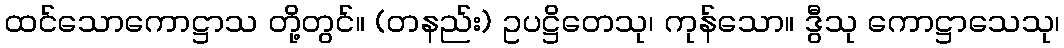
ထင်သောကောဋ္ဌာသ တို့တွင်။ (တနည်း) ဥပဋ္ဌိတေသု၊ ကုန်သော။ ဒွီသု ကောဋ္ဌာသေသု၊